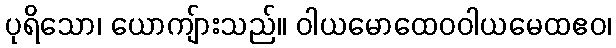
ပုရိသော၊ ယောကျ်ားသည်။ ဝါယမောထေဝဝါယမေထဧဝ၊